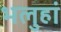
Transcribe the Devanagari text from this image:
भलुहां